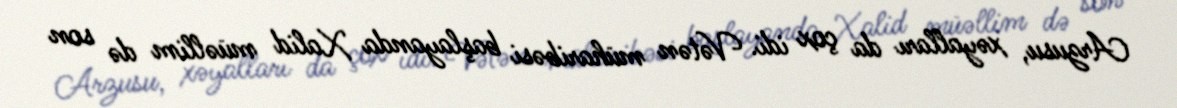
Arzusu, xəyalları da çox idi. Vətən müharibəsi başlayanda Xalid müəllim də son